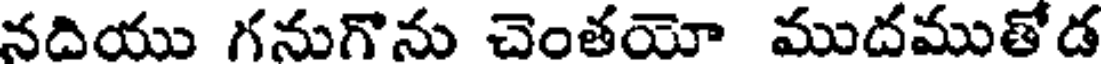
నదియు గనుగొను చెంతయో ముదముతోడ